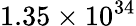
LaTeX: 1.35\times 10^{34}